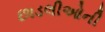
છાડલીઓની